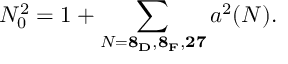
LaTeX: N _ { 0 } ^ { 2 } = 1 + \sum _ { N = { \bf 8 _ { D } , 8 _ { F } , 2 7 } } a ^ { 2 } ( N ) .